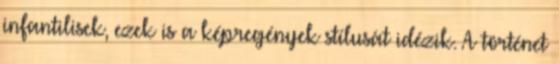
infantilisek, ezek is a képregények stílusát idézik. A történet